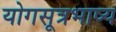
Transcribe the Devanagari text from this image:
योगसूत्रभाष्य